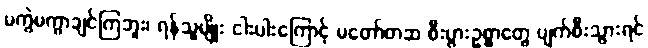
မကွဲမကွာချင်ကြဘူး၊ ရန်သူမျိုး ငါးပါးကြောင့် မတော်တဆ စီးပွားဥစ္စာတွေ ပျက်စီးသွားရင်